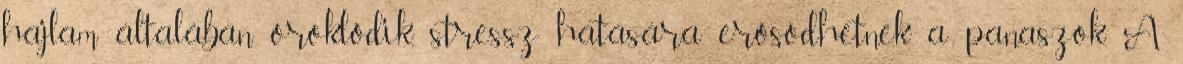
hajlam általában öröklődik, stressz hatására erősödhetnek a panaszok. A